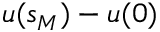
u ( s _ { M } ) - u ( 0 )